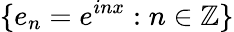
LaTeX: \{ e_{n}=e^{inx}:n\in\mathbb{Z}\}